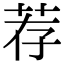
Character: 荐